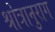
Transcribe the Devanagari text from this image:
श्रोत्रानुराग